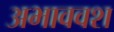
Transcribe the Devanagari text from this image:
अभाववश